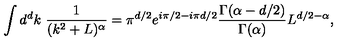
\int d ^ { d } k \ \frac { 1 } { ( k ^ { 2 } + L ) ^ { \alpha } } = \pi ^ { d / 2 } e ^ { i \pi / 2 - i \pi d / 2 } \frac { \Gamma ( \alpha - d / 2 ) } { \Gamma ( \alpha ) } L ^ { d / 2 - \alpha } ,